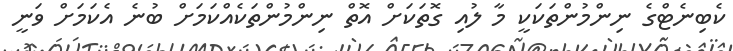
ކެބިނެޓްގެ ނިންމުންތަކަކީ މާ ލުއި ގޮތަކަށް އޮތް ނިންމުންތަކެއްކަމަށް ބުނެ އެކަމަށް ވަނީ